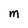
Character: M